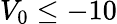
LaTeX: V_{0}\leq-10